Scottish Certificate of Education, 1963
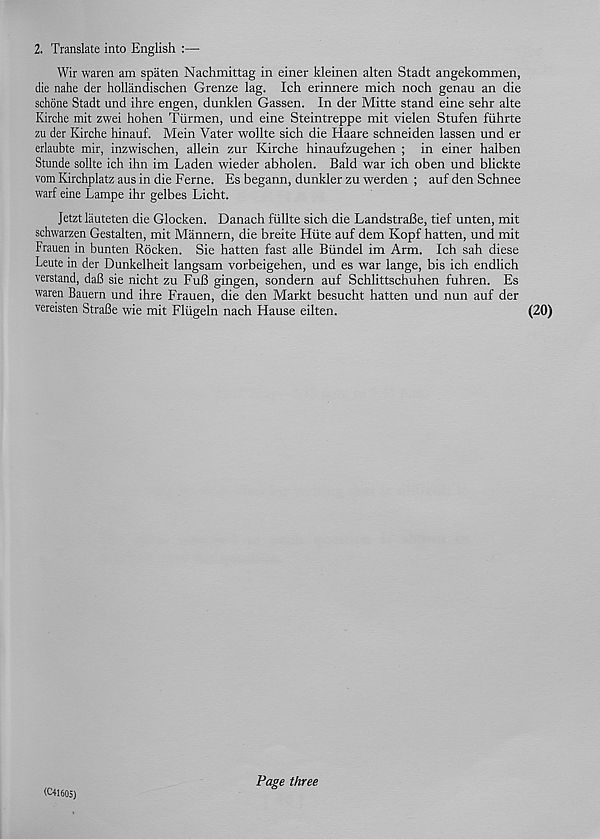
2. Translate into English :—
Wir waren am spaten Nachmittag in einer kleinen alten Stadt angekommen,
die nahe der hollandischen Grenze lag. Ich erinnere mich noch genau an die
schone Stadt und ihre engen, dunklen Gassen. In der Mitte stand eine sehr alte
Kirche mit zwei hohen Tiirmen, und eine Steintreppe mit vielen Stufen fiihrte
zu der Kirche hinauf. Mein Vater wollte sich die Haare schneiden lassen und er
erlaubte mir, inzwischen, allein zur Kirche hinaufzugehen ; in einer halben
Stunde sollte ich ihn im Laden wieder abholen. Bald war ich oben und blickte
vom Kirchplatz aus in die Feme. Es begann, dunkler zu werden ; auf den Schnee
warf eine Lampe ihr gelbes Licht.
Jetzt lauteten die Glocken. Danach fiillte sich die LandstraBe, tief unten, mit
schwarzen Gestalten, mit Mannern, die breite Hiite auf dem Kopf hatten, und mit
Frauen in bunten Rocken. Sie hatten fast alle Biindel im Arm. Ich sah diese
Leute in der Dunkelheit langsam vorbeigehen, und es war lange, bis ich endlich
verstand, daB sie nicht zu FuB gingen, sondern auf Schlittschuhen fuhren. Es
waren Bauern und ihre Frauen, die den Markt besucht hatten und nun auf der
vereisten StraBe wie mit Fliigeln nach Hause eilten.
(20)
(C41605)
Page three